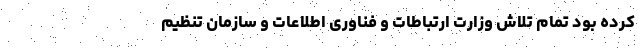
کرده بود تمام تلاش وزارت ارتباطات و فناوری اطلاعات و سازمان تنظیم